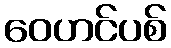
ဝေဟင်ပစ်